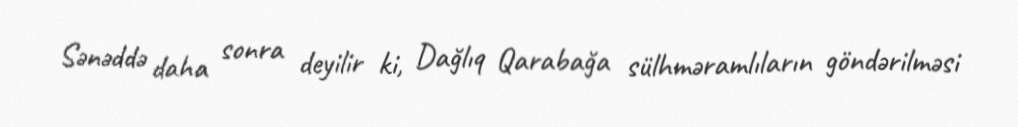
Sənəddə daha sonra deyilir ki, Dağlıq Qarabağa sülhməramlıların göndərilməsi